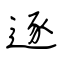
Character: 逐